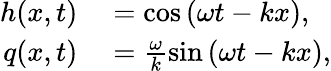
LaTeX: \begin{array}{rl}{h(x,t)}&{{}=\cos\left(\omega t-kx\right),}\\ {q(x,t)}&{{}=\frac{\omega}{k}\sin\left(\omega t-kx\right),}\end{array}